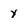
Character: y